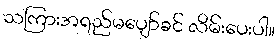
သကြားအရည်မပျော်ခင် လိမ်းပေးပါ။